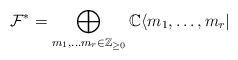
LaTeX: \begin{align*}\mathcal{F}^{*}=\bigoplus_{m_{1}, \ldots m _{r} \in \mathbb{Z}_{\ge 0}}\mathbb{C} \langle m_{1}, \ldots , m_{r} | \end{align*}